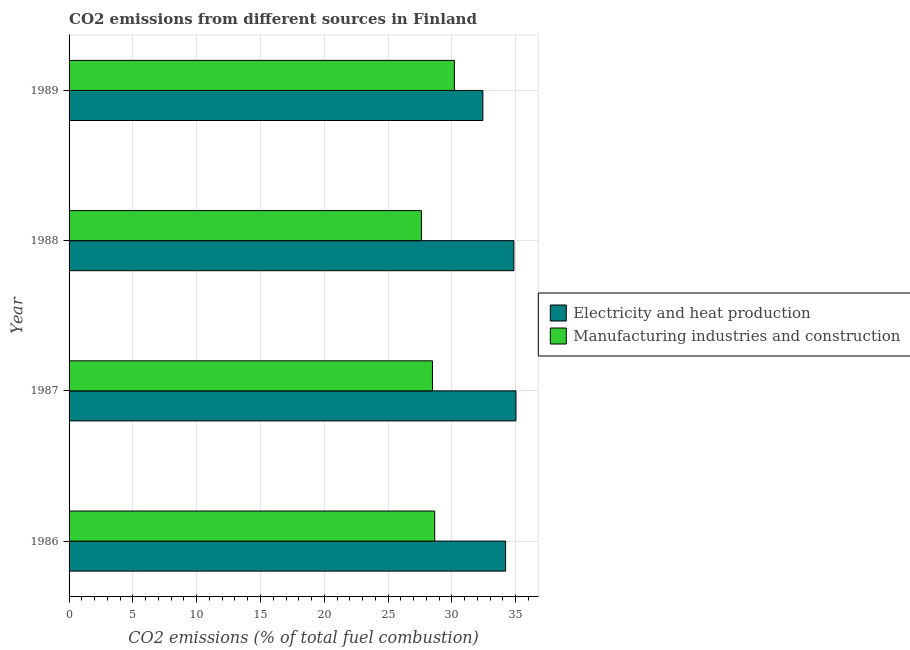
| Year | Electricity and heat production | Manufacturing industries and construction |
 | --- | --- | --- |
 | 1986 | 34.2 | 28.7 |
 | 1987 | 35 | 28.5 |
 | 1988 | 34.9 | 27.6 |
 | 1989 | 32.4 | 30.2 |